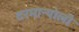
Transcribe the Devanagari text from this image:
दरमान्योली